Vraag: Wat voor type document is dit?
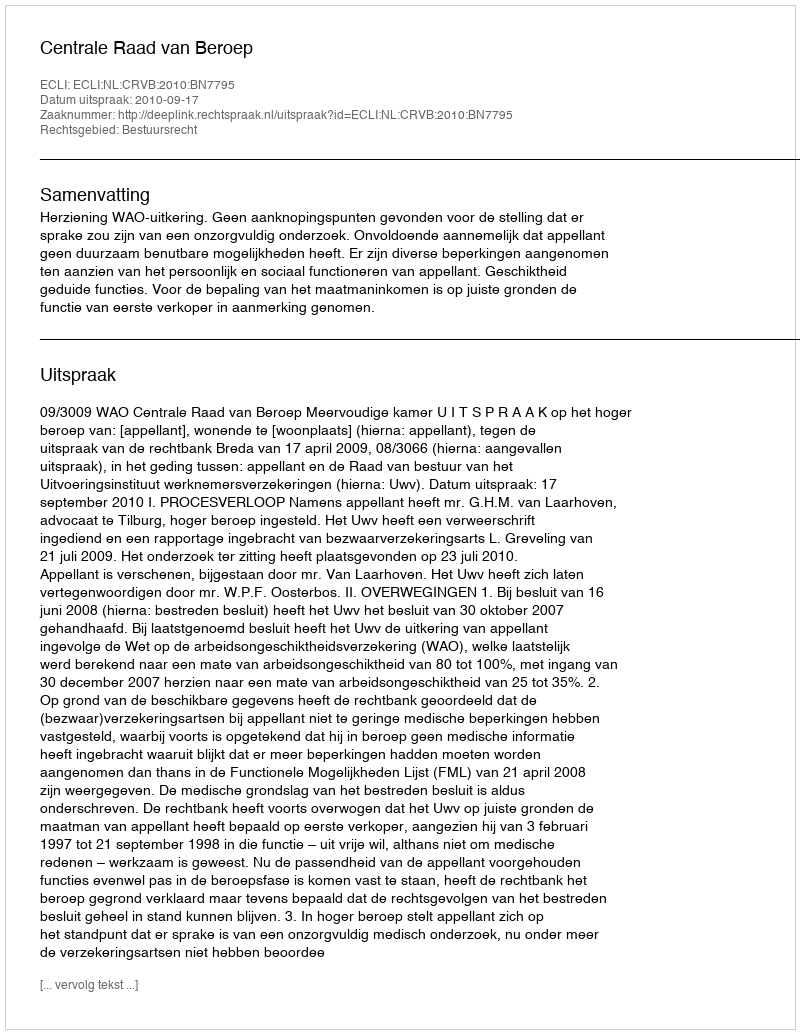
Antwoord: Uitspraak